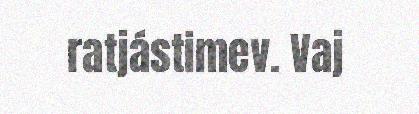
ratjástimev. Vaj